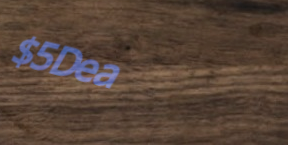
$5Deal